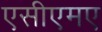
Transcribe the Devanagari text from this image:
एसीएमए